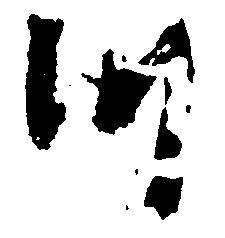
つ